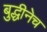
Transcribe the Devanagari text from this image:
बुद्धीनेच